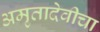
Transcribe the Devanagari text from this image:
अमृतादेवीचा